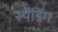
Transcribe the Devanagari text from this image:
स्पेंडिंग